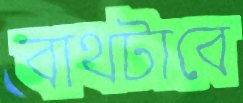
বাথটাবে